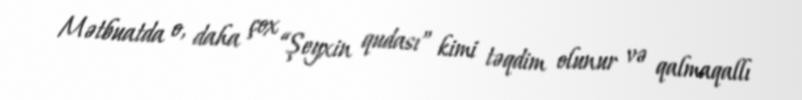
Mətbuatda o, daha çox “Şeyxin qudası” kimi təqdim olunur və qalmaqallı